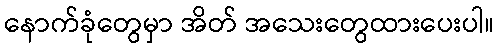
နောက်ခုံတွေမှာ အိတ် အသေးတွေထားပေးပါ။